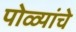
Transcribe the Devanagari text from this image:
पोळ्यांचे